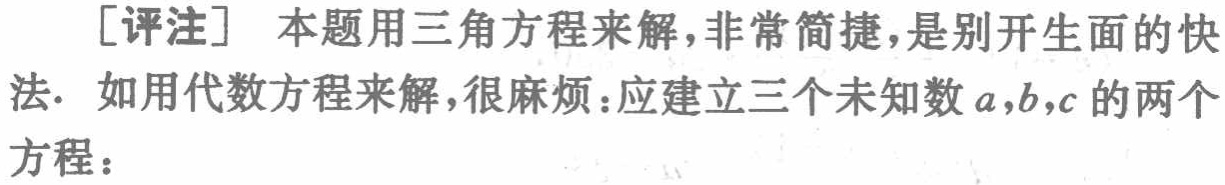
[评注] 本题用三角方程来解，非常简捷，是别开生面的快法. 如用代数方程来解，很麻烦：应建立三个未知数\(a,b,c\)的两个方程：